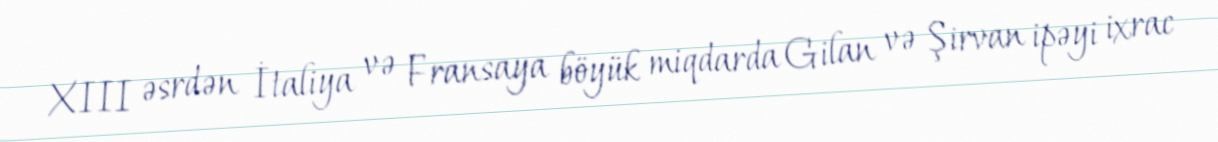
XIII əsrdən İtaliya və Fransaya böyük miqdarda Gilan və Şirvan ipəyi ixrac